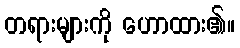
တရားများကို ဟောထား၏။